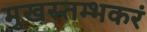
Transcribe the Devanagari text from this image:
मुखस्तम्भकरं